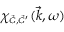
\chi _ { \scriptscriptstyle \vec { G } , \vec { G } ^ { \prime } } ( \vec { k } , \omega )